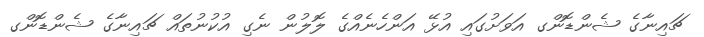
ޗައިނާގެ ޝެންޑޮންގ އަވަށުގައި އުޅޭ އަންހެނެއްގެ ލޮލުން ނެގި އުކުނުތައް ޗައިނާގެ ޝެންޑޮންގ